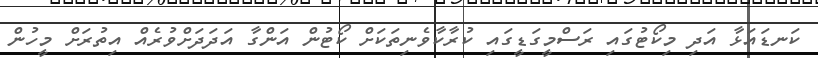
ކަނޑައަޅާ އަދި މިކޯޓުގައި ރަސްމީގަޑީގައި ކުރާކާވެނިތަކަށް ކޯޓުން އަންގާ އަދަދަށްވުރެއް އިތުރަށް މީހުން